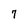
Character: 7